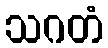
သဂတံ